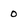
Character: 0